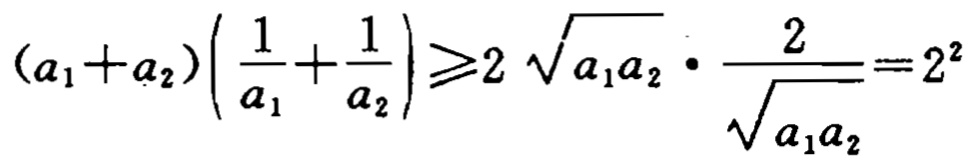
\((a_{1}+a_{2})\left(\frac{1}{a_{1}}+\frac{1}{a_{2}}\right)\geqslant2\sqrt{a_{1}a_{2}}\cdot\frac{2}{\sqrt{a_{1}a_{2}}}=2^{2}\)